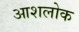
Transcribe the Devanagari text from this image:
आशलोक